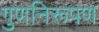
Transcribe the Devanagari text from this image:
गुणनिरूपण